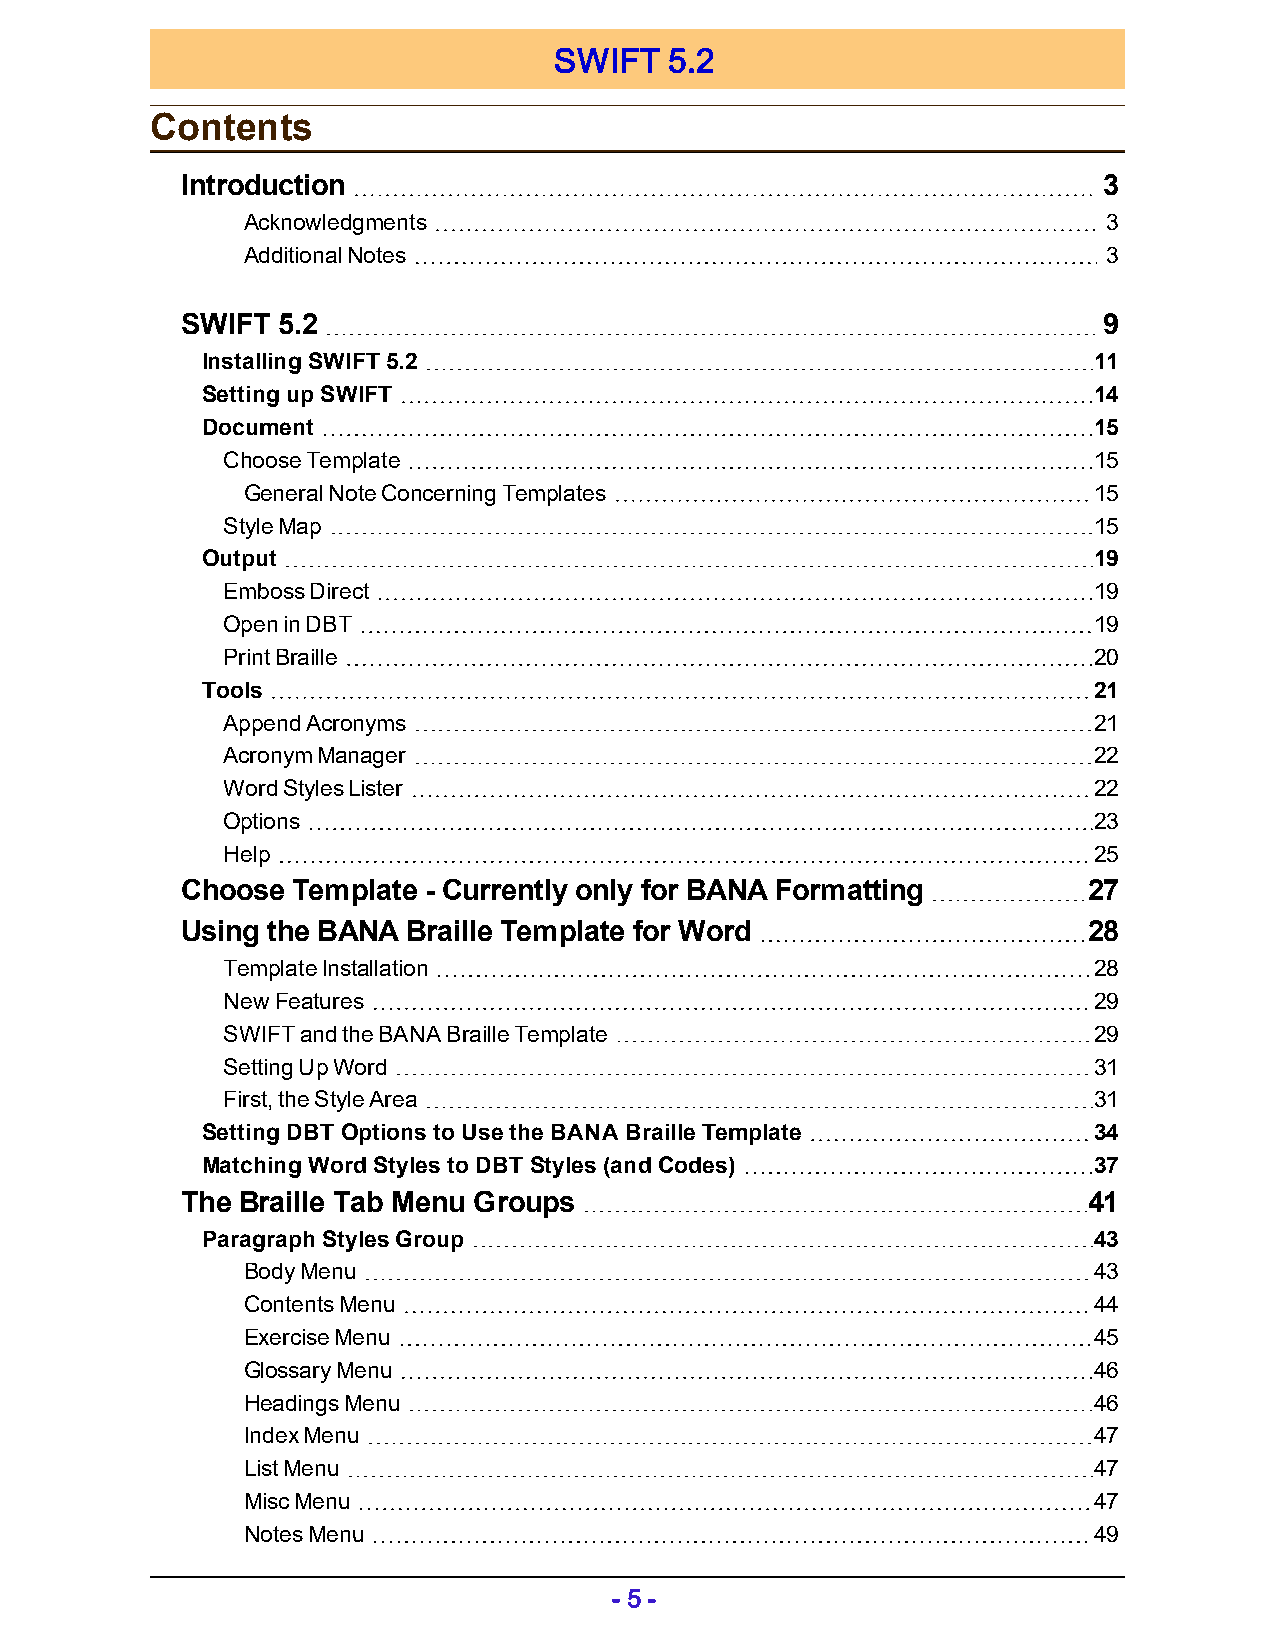
SWIFT  5.2
 Contents
 Introduction                                                 3
 Acknowledgments                                          3
 Additional Notes                                         3
 SWIFT 5.2                                                    9
 Installing SWIFT 5.2                                       11
 Setting up SWIFT                                           14
 Document                                                   15
 Choose Template                                          15
 General Note Concerning Templates                       15
 Style Map                                                15
 Output                                                     19
 Emboss Direct                                            19
 Open in DBT                                              19
 Print Braille                                            20
 Tools                                                      21
 Append Acronyms                                          21
 Acronym Manager                                          22
 Word Styles Lister                                       22
 Options                                                  23
 Help                                                     25
 Choose Template - Currently only for BANA Formatting        27
 Using the BANA Braille Template for Word                    28
 Template Installation                                    28
 New Features                                             29
 SWIFT and the BANA Braille Template                      29
 Setting Up Word                                          31
 First, the Style Area                                    31
 Setting DBT Options to Use the BANA Braille Template       34
 Matching Word Styles to DBT Styles (and Codes)             37
 The Braille Tab Menu Groups                                 41
 Paragraph Styles Group                                     43
 Body Menu                                               43
 Contents Menu                                           44
 Exercise Menu                                           45
 Glossary Menu                                           46
 Headings Menu                                           46
 Index Menu                                              47
 List Menu                                               47
 Misc Menu                                               47
 Notes Menu                                              49
 - 5 -